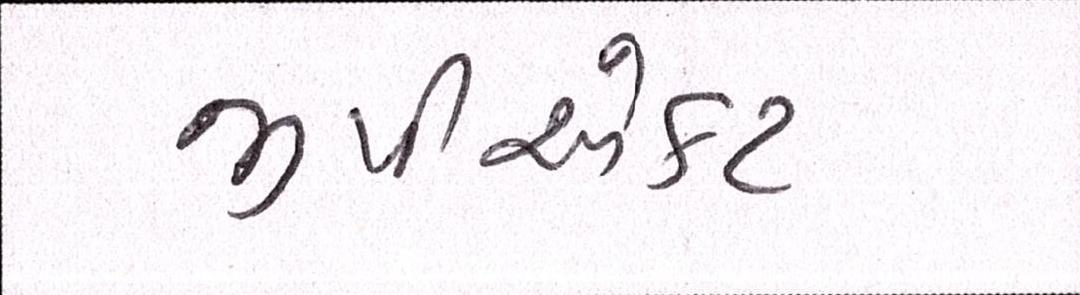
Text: જીપીએકટ